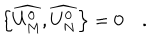
\left\{ \widehat { U _ { M } ^ { 0 } } , \widehat { U _ { N } ^ { 0 } } \right\} = 0 \quad .